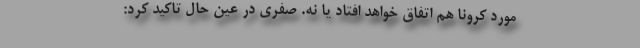
مورد کرونا هم اتفاق خواهد افتاد یا نه. صفری در عین حال تاکید کرد: